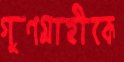
গুণগ্রাহীকে